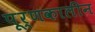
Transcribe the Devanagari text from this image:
पूर्णकालीन